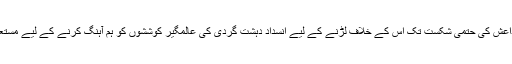
ہم ہر جگہ داعش کی حتمی شکست تک اس کے خلاف لڑنے کے لیے انسداد دہشت گردی کی عالمگیر کوششوں کو ہم آہنگ کرنے کے لیے مستعد رہیں گے۔